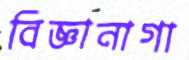
বিজ্ঞানাগা